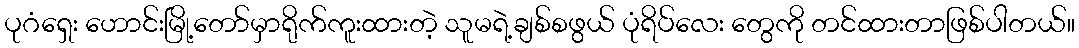
ပုဂံရှေး ဟောင်းမြို့တော်မှာရိုက်ကူးထားတဲ့ သူမရဲ့ချစ်စဖွယ် ပုံရိပ်လေး တွေကို တင်ထားတာဖြစ်ပါတယ်။